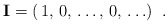
\begin{align*}{\bf I} = (\, 1,\, 0,\, \ldots ,\, 0, \, \ldots) \;\; .\end{align*}